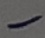
Text: -